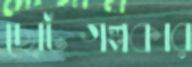
ছোটগল্পকার